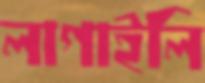
লাগাইলি